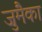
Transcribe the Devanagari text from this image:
जुमैका